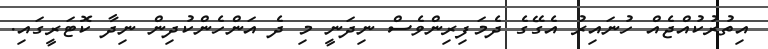
އިތުރުކުއްޖެއް ހުނައިރު އެގޭގެ ދެމަފިރިންވެސް ނިދަނީ މި ދެ އަންހެންކުދިން ނިދާ ކޮޓަރީގައި.